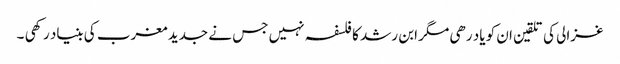
غزالی کی تلقین ان کو یاد رھی مگر ابن رشد کا فلسفہ نہیں جس نے جدید مغرب کی بنیاد رکھی ۔